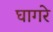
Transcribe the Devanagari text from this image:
घागरे